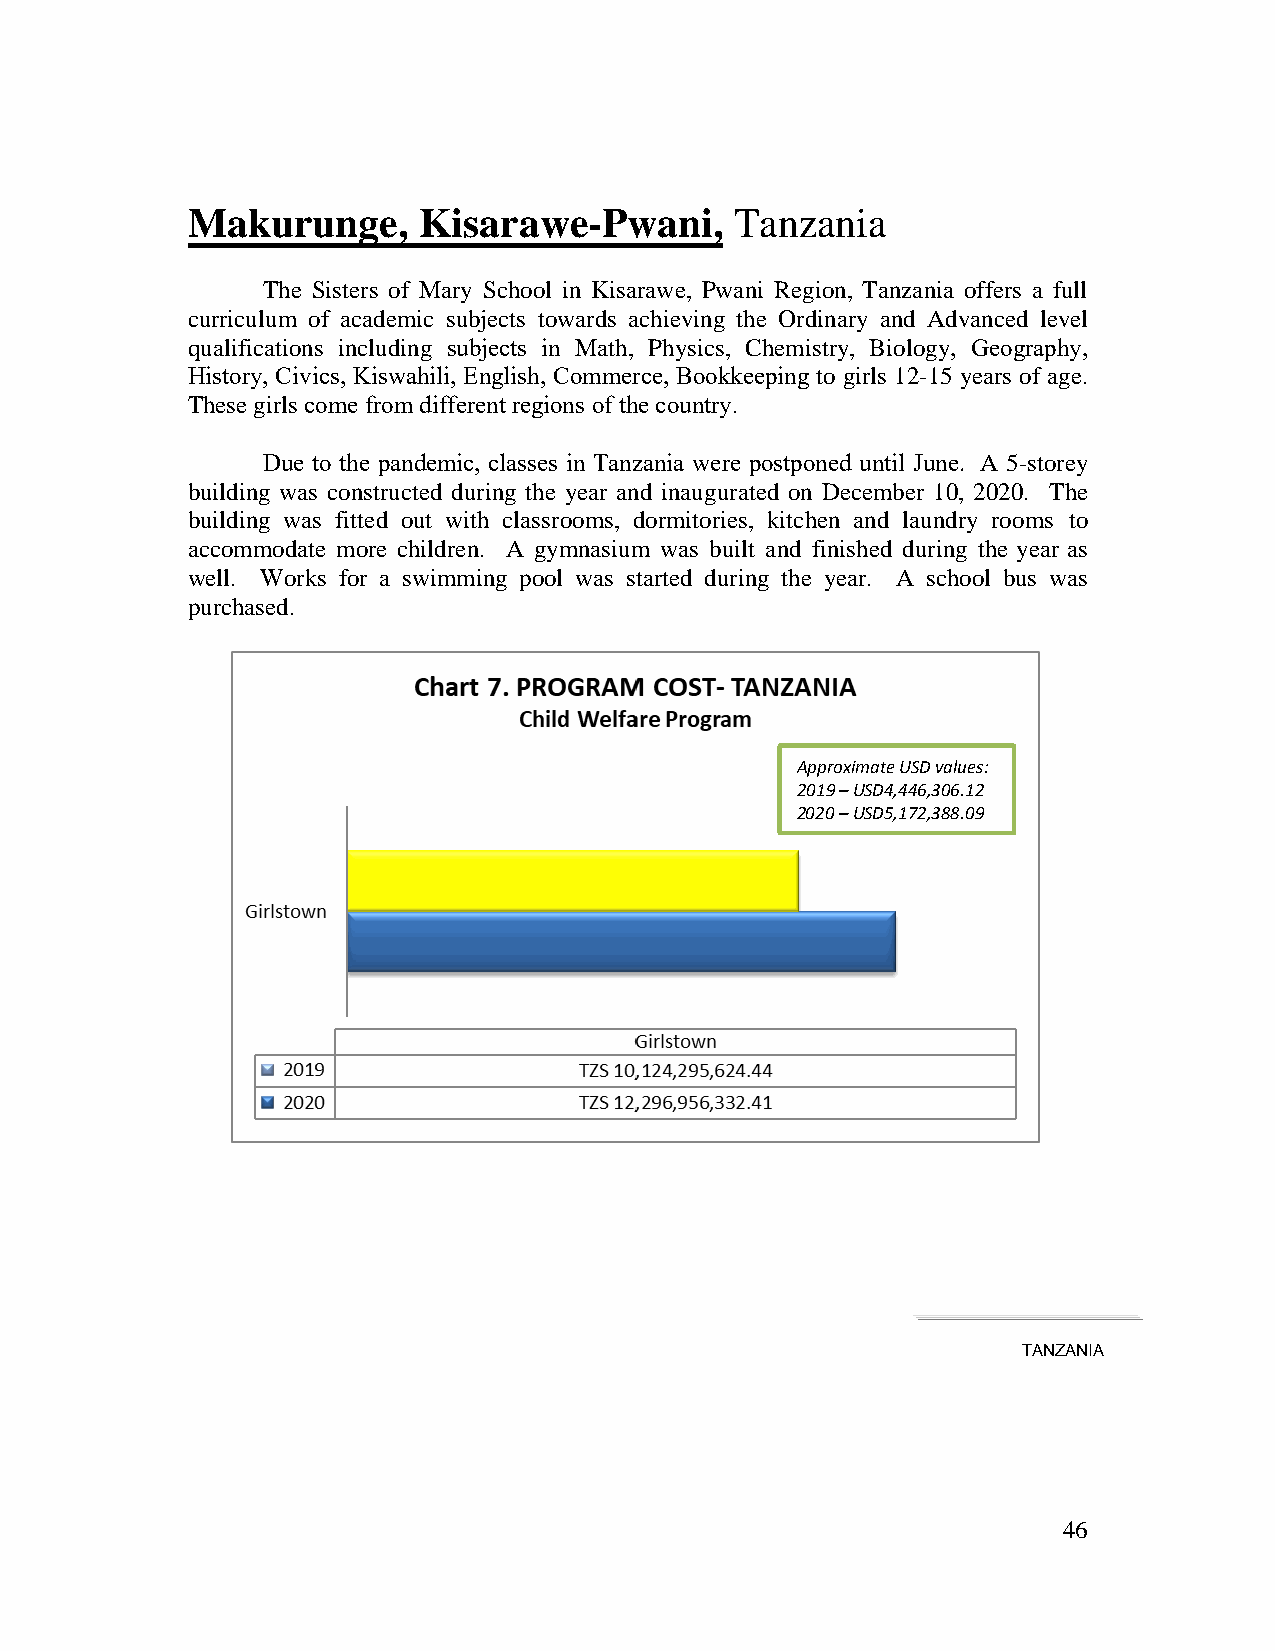
Makurunge,      Kisarawe-Pwani,      Tanzania
 The Sisters of Mary School in Kisarawe, Pwani Region, Tanzania offers a full
 curriculum of academic subjects towards achieving the Ordinary and Advanced level
 qualifications including subjects in Math, Physics, Chemistry, Biology, Geography,
 History, Civics, Kiswahili, English, Commerce, Bookkeeping to girls 12-15 years of age.
 These girls come from different regions of the country.
 Due to the pandemic, classes in Tanzania were postponed until June. A 5-storey
 building was constructed during the year and inaugurated on December 10, 2020. The
 building was fitted out with classrooms, dormitories, kitchen and laundry rooms to
 accommodate more children. A gymnasium was built and finished during the year as
 well. Works for a swimming pool was started during the year. A school bus was
 purchased.
 Approximate USD values:
 2019 – USD4,446,306.12
 2020 – USD5,172,388.09
 TANZANIA
 46